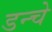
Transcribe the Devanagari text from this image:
डन्चे